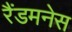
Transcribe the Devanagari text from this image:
रैंडमनेस